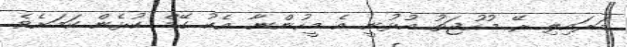
މަރައިލި ރޭ މުހުޖަތު އުޅުނީ އެ މީހުންނާ އެކު ގޭމް ކުޅެން ކަމަށެވެ.